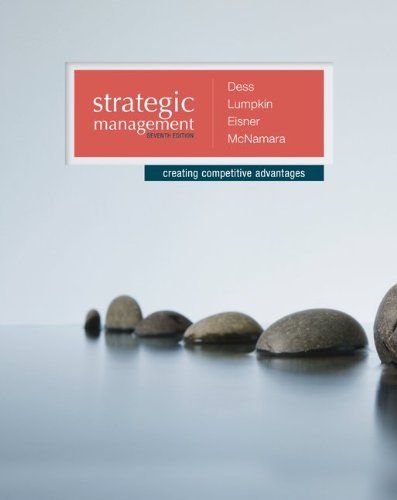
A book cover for Strategic Management: Creating Competitive Advantages; Gregory Dess; Business & Money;